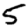
Digit: 5